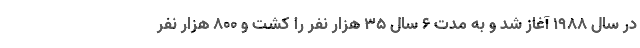
در سال ۱۹۸۸ آغاز شد و به مدت ۶ سال ۳۵ هزار نفر را کشت و ۸۰۰ هزار نفر